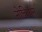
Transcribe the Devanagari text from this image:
नोकियन